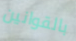
بالقوانين